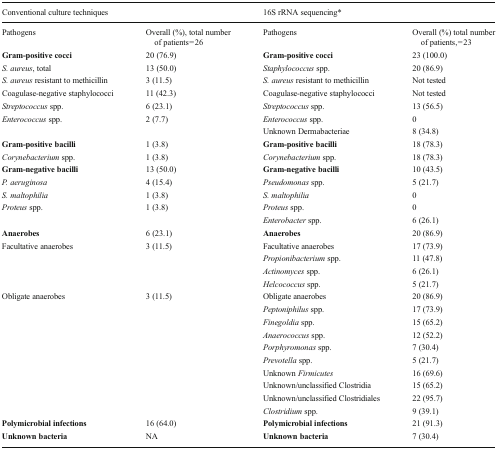
<table><thead><tr><td colspan="2"><b>Conventional culture techniques</b></td><td colspan="2"><b>16S rRNA sequencing*</b></td></tr></thead><tbody><tr><td>Pathogens</td><td>Overall (%), total number of patients = 26</td><td>Pathogens</td><td>Overall (%) total number of patients, = 23</td></tr><tr><td><b>Gram-positive cocci</b></td><td>20 (76.9)</td><td><b>Gram-positive cocci</b></td><td>23 (100.0)</td></tr><tr><td><i>S. aureus</i>, total</td><td>13 (50.0)</td><td><i>Staphylococcus</i> spp.</td><td>20 (86.9)</td></tr><tr><td><i>S. aureus</i> resistant to methicillin</td><td>3 (11.5)</td><td><i>S. aureus</i> resistant to methicillin</td><td>Not tested</td></tr><tr><td>Coagulase-negative staphylococci</td><td>11 (42.3)</td><td>Coagulase-negative staphylococci</td><td>Not tested</td></tr><tr><td><i>Streptococcus</i> spp.</td><td>6 (23.1)</td><td><i>Streptococcus</i> spp.</td><td>13 (56.5)</td></tr><tr><td><i>Enterococcus</i> spp.</td><td>2 (7.7)</td><td><i>Enterococcus</i> spp.</td><td>0</td></tr><tr><td></td><td></td><td>Unknown Dermabacteriae</td><td>8 (34.8)</td></tr><tr><td><b>Gram-positive bacilli</b></td><td>1 (3.8)</td><td><b>Gram-positive bacilli</b></td><td>18 (78.3)</td></tr><tr><td><i>Corynebacterium</i> spp.</td><td>1 (3.8)</td><td><i>Corynebacterium</i> spp.</td><td>18 (78.3)</td></tr><tr><td><b>Gram-negative bacilli</b></td><td>13 (50.0)</td><td><b>Gram-negative bacilli</b></td><td>10 (43.5)</td></tr><tr><td><i>P. aeruginosa</i></td><td>4 (15.4)</td><td><i>Pseudomonas</i> spp.</td><td>5 (21.7)</td></tr><tr><td><i>S. maltophilia</i></td><td>1 (3.8)</td><td><i>S. maltophilia</i></td><td>0</td></tr><tr><td><i>Proteus</i> spp.</td><td>1 (3.8)</td><td><i>Proteus</i> spp.</td><td>0</td></tr><tr><td></td><td></td><td><i>Enterobacter</i> spp.</td><td>6 (26.1)</td></tr><tr><td><b>Anaerobes</b></td><td>6 (23.1)</td><td><b>Anaerobes</b></td><td>20 (86.9)</td></tr><tr><td>Facultative anaerobes</td><td>3 (11.5)</td><td>Facultative anaerobes</td><td>17 (73.9)</td></tr><tr><td></td><td></td><td><i>Propionibacterium</i> spp.</td><td>11 (47.8)</td></tr><tr><td></td><td></td><td><i>Actinomyces</i> spp.</td><td>6 (26.1)</td></tr><tr><td></td><td></td><td><i>Helcococcus</i> spp.</td><td>5 (21.7)</td></tr><tr><td>Obligate anaerobes</td><td>3 (11.5)</td><td>Obligate anaerobes</td><td>20 (86.9)</td></tr><tr><td></td><td></td><td><i>Peptoniphilus</i> spp.</td><td>17 (73.9)</td></tr><tr><td></td><td></td><td><i>Finegoldia</i> spp.</td><td>15 (65.2)</td></tr><tr><td></td><td></td><td><i>Anaerococcus</i> spp.</td><td>12 (52.2)</td></tr><tr><td></td><td></td><td><i>Porphyromonas</i> spp.</td><td>7 (30.4)</td></tr><tr><td></td><td></td><td><i>Prevotella</i> spp.</td><td>5 (21.7)</td></tr><tr><td></td><td></td><td>Unknown <i>Firmicutes</i></td><td>16 (69.6)</td></tr><tr><td></td><td></td><td>Unknown/unclassified Clostridia</td><td>15 (65.2)</td></tr><tr><td></td><td></td><td>Unknown/unclassified Clostridiales</td><td>22 (95.7)</td></tr><tr><td></td><td></td><td><i>Clostridium</i> spp.</td><td>9 (39.1)</td></tr><tr><td><b>Polymicrobial infections</b></td><td>16 (64.0)</td><td><b>Polymicrobial infections</b></td><td>21 (91.3)</td></tr><tr><td><b>Unknown bacteria</b></td><td>NA</td><td><b>Unknown bacteria</b></td><td>7 (30.4)</td></tr></tbody></table>